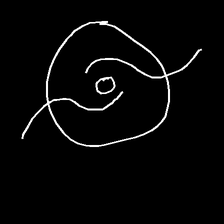
Glyph: repetition